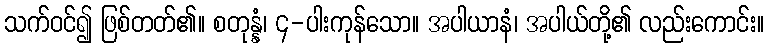
သက်ဝင်၍ ဖြစ်တတ်၏။ စတုန္နံ၊ ၄-ပါးကုန်သော။ အပါယာနံ၊ အပါယ်တို့၏ လည်းကောင်း။